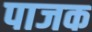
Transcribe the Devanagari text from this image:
पाजक